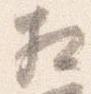
相